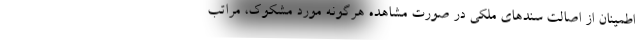
اطمینان از اصالت سندهای ملکی در صورت مشاهده هرگونه مورد مشکوک، مراتب